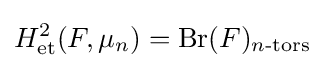
H_{\text{et}}^{2}(F,\mu _{n})={\text{Br}}(F)_{n{\text{-tors}}}